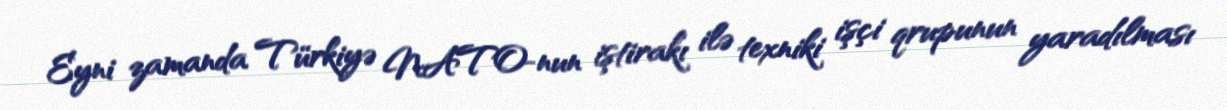
Eyni zamanda Türkiyə NATO-nun iştirakı ilə texniki işçi qrupunun yaradılması